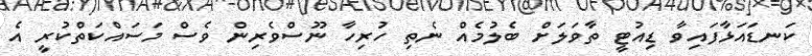
ކަނޑައަޅާފައިވާ ޑިއުޓީ ތާވަލަށް ބެލުމެއް ނެތި ހުރިހާ ނޫސްވެރިން ވެސް މަސައްކަތްކުރީ އެ